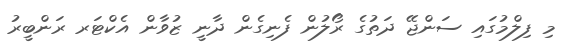
މި ފިލްމުގައި ސަންޖޭ ދަތުގެ ރޯލުން ފެނިގެން ދާނީ ޒުވާން އެކްޓަރ ރަންބީރު